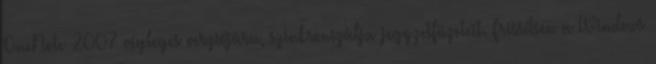
OneNote 2007 végleges verziójára, szinkronizálja jegyzetfüzeteit. Frissítsen a Windows